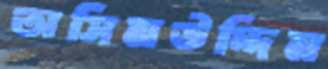
অসিমউদ্দিন